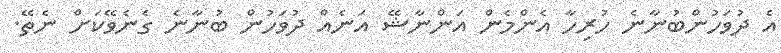
އެ ދުވަހުންބުނާނެ ހުރިހާ އެންމެން އަންނާޝޭ އަނެއް ދުވަހުން ބުނާނެ ގެނެވޭކަށް ނެތޭ.